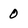
Character: 0